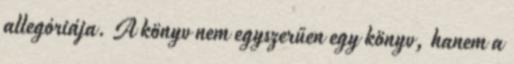
allegóriája. A könyv nem egyszerűen egy könyv, hanem a